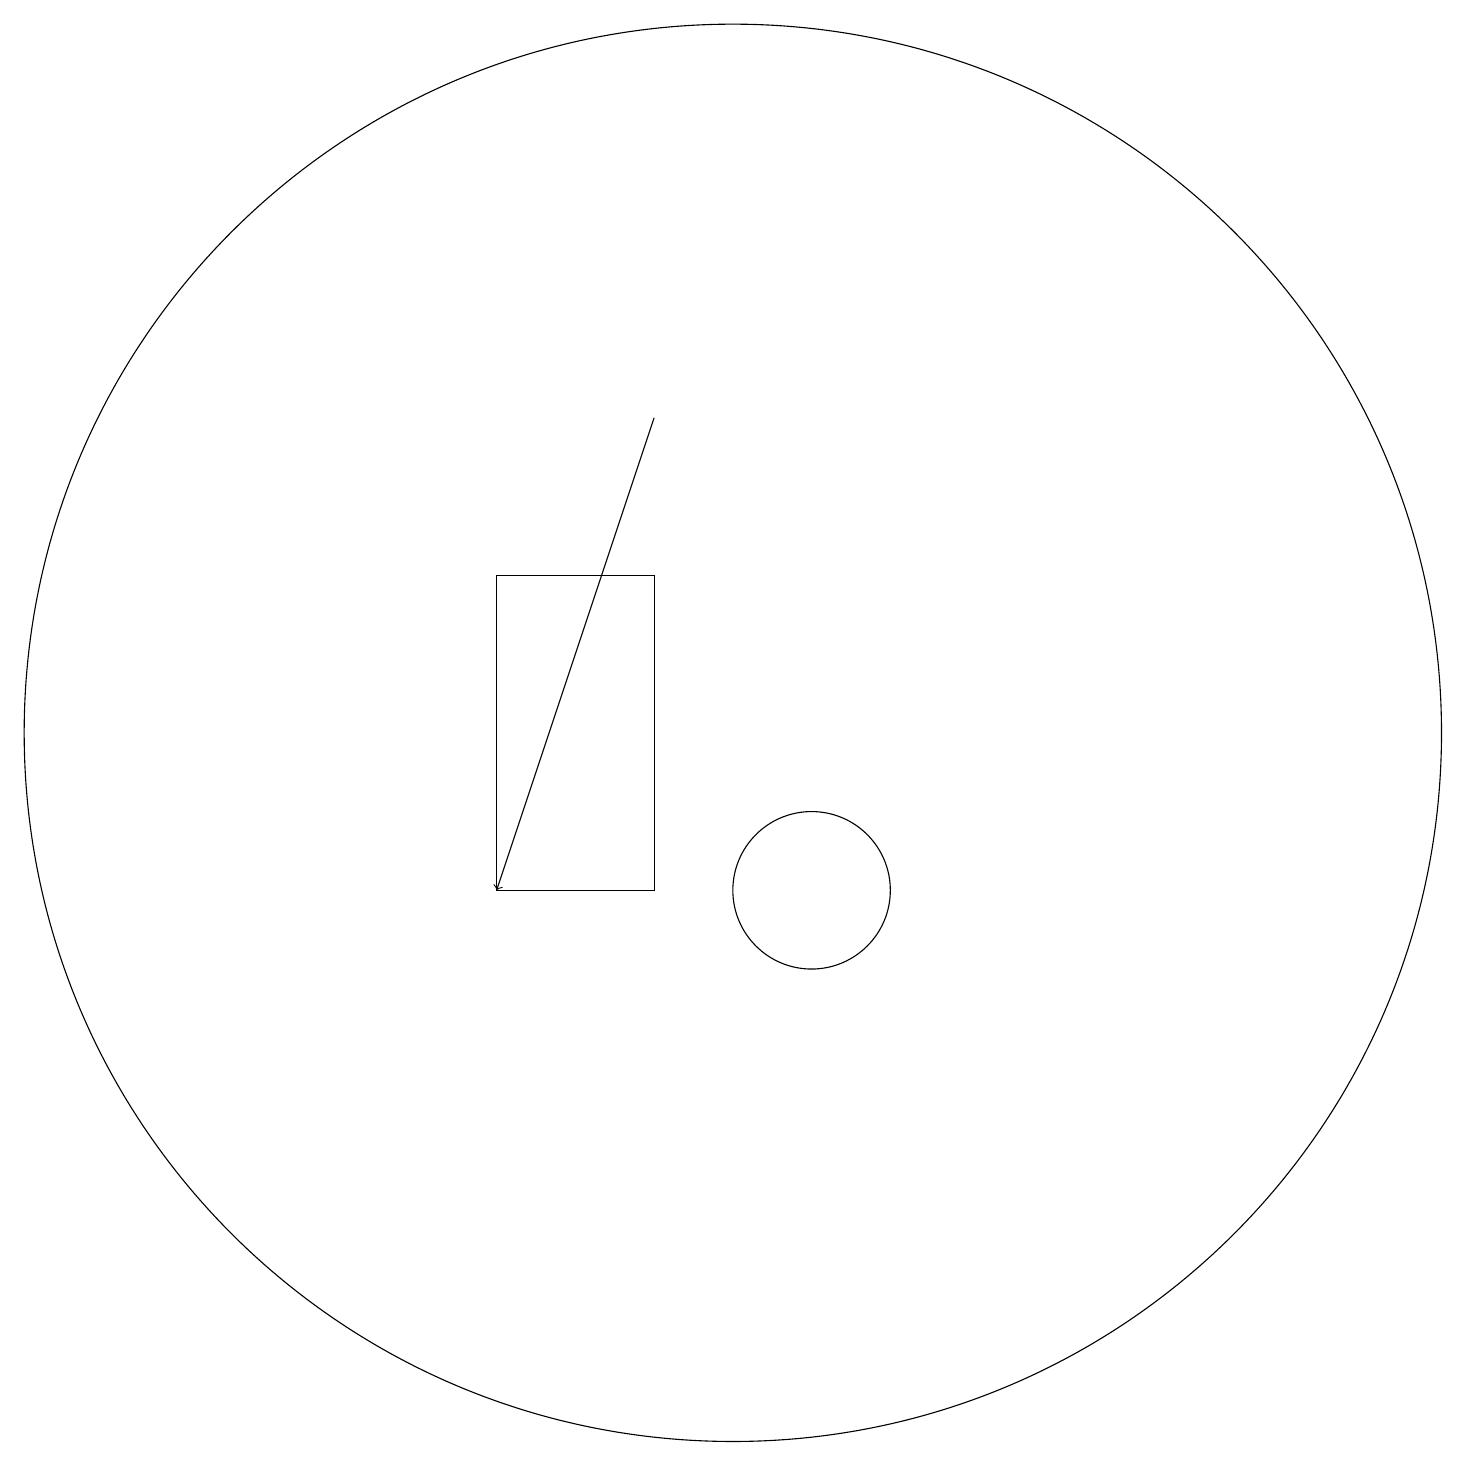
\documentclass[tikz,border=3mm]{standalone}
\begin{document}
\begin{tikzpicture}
\draw (10,12) circle (9);
\draw[->] (9,16) -- (7,10);
\draw (7,10) rectangle (9,14);
\draw (11,10) circle (1);
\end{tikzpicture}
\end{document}